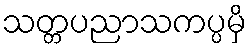
သတ္တပညာသကပ္ပမှိ